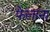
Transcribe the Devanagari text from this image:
फेलाना